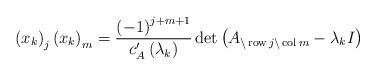
\begin{align*}\left( x_{k}\right) _{j}\left( x_{k}\right) _{m}=\frac{\left( -1\right)^{j+m+1}}{c_{A}^{\prime}\left( \lambda_{k}\right) }\det\left(A_{\backslash\operatorname{row}j\backslash\operatorname{col}m}-\lambda_{k}I\right) \end{align*}